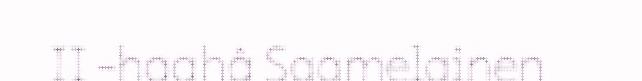
II -haahâ Saamelainen